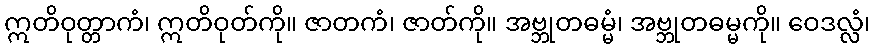
ဣတိဝုတ္တာကံ၊ ဣတိဝုတ်ကို။ ဇာတကံ၊ ဇာတ်ကို။ အဗ္ဘုတဓမ္မံ၊ အဗ္ဘုတဓမ္မကို။ ဝေဒလ္လံ၊